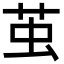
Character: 茧